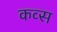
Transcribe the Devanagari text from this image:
कव्स